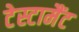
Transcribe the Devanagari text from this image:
टेस्टामैंट